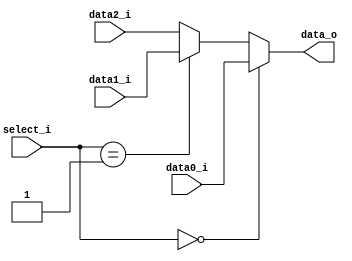
/***************************************************
Student Name: 
Student ID: 07162220716214
***************************************************/

`timescale 1ns/1ps

module MUX_3to1(
	input  [31:0] data0_i,       
	input  [31:0] data1_i,
	input  [31:0] data2_i,
	input  [ 1:0] select_i,
	output [31:0] data_o
    );		   

	assign data_o = (select_i == 2'b00) ? data0_i : ((select_i == 2'b01 ? data1_i : data2_i));

endmodule